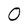
Character: O